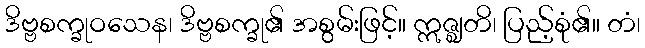
ဒိဗ္ဗစက္ခုဝသေန၊ ဒိဗ္ဗစက္ခု၏ အစွမ်းဖြင့်။ ဣဇ္ဈတိ၊ ပြည့်စုံ၏။ တံ၊